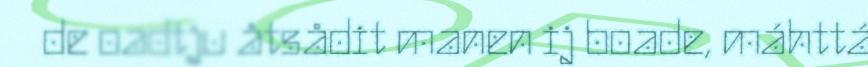
de oadtju åtsådit manen ij boade, máhttá